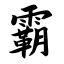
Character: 霸